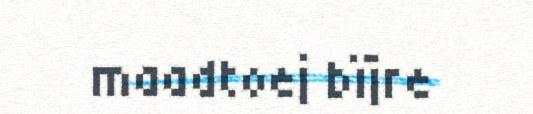
maadtoej bïjre